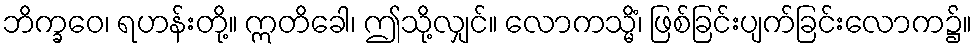
ဘိက္ခဝေ၊ ရဟန်းတို့။ ဣတိခေါ၊ ဤသို့လျှင်။ လောကသ္မိံ၊ ဖြစ်ခြင်းပျက်ခြင်းလောက၌။